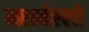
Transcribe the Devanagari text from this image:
मरानेल्लो